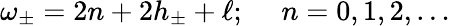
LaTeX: \omega_{\pm}=2n+2h_{\pm}+\ell;~~~~~n=0,1,2,\ldots